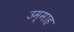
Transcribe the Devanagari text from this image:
उम्माह